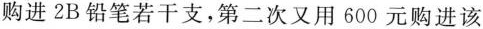
购进2B铅笔若干支，第二次又用600元购进该